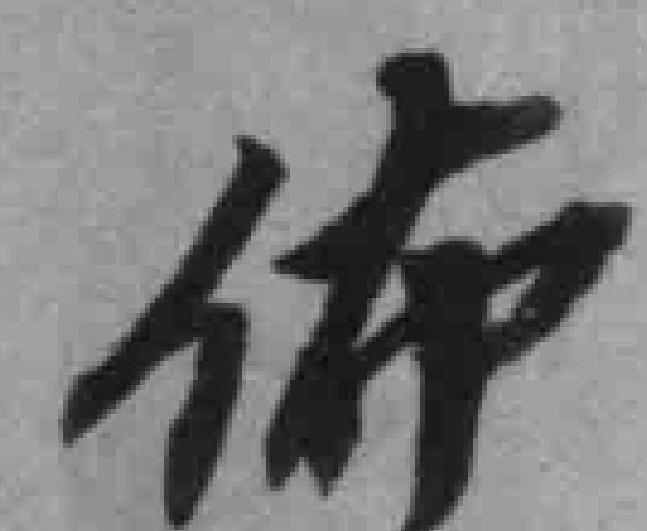
佈